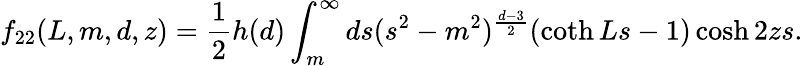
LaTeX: f_{22}(L,m,d,z)=\frac{1}{2}h(d)\int_{m}^{\infty}ds(s^{2}-m^{2})^{\frac{d-3}{2}}(\coth Ls-1)\cosh 2zs.